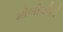
મોબીલીટી